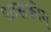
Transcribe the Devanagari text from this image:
शासकीय्